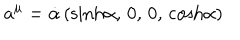
a ^ { \mu } = { \dot { \alpha } } \, ( { \sinh } \alpha , \, 0 , \, 0 , \, { \cosh } \alpha )